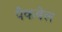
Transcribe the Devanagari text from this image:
पैकबेल